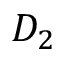
D _ { 2 }